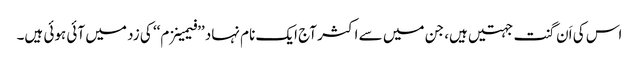
اس کی اَن گنت جہتیں ہیں، جن میں سے اکثر آج ایک نام نہاد ’’فیمینزم‘‘ کی زد میں آئی ہوئی ہیں۔